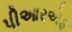
પીઆરએફ